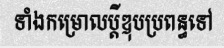
ទាំងកម្រោលប្តីឌុបប្រពន្ធទៅ